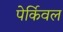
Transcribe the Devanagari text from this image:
पेर्किवल